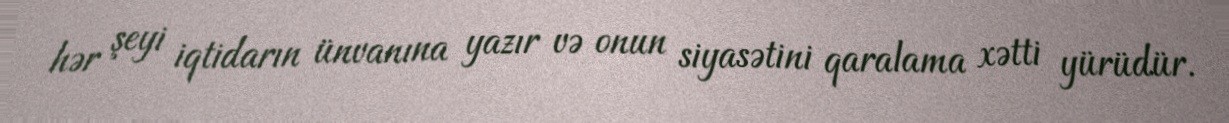
hər şeyi iqtidarın ünvanına yazır və onun siyasətini qaralama xətti yürüdür.